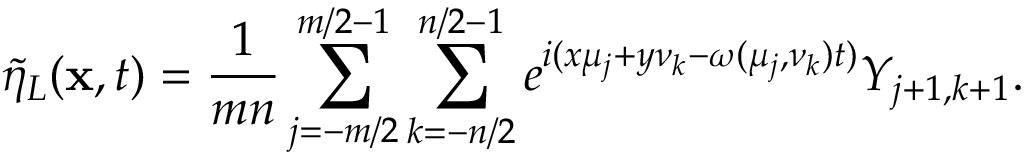
\Tilde { \eta } _ { L } ( \mathbf { x } , t ) = \frac { 1 } { m n } \sum _ { j = - m / 2 } ^ { m / 2 - 1 } \sum _ { k = - n / 2 } ^ { n / 2 - 1 } e ^ { i ( x \mu _ { j } + y \nu _ { k } - \omega ( \mu _ { j } , \nu _ { k } ) t ) } Y _ { j + 1 , k + 1 } .